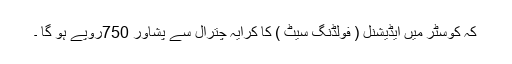
کہ کوسٹر میں ایڈیشنل ( فولڈنگ سیٹ ) کا کرایہ چترال سے پشاور 750روپے ہو گا ۔